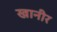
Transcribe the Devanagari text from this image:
खानीर